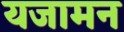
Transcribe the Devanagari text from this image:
यजामन